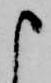
申